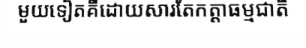
មួយទៀតគឺដោយសារតែកត្តាធម្មជាតិ